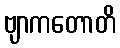
ဗျာကတောတိ